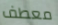
معطف